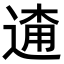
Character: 𨓸